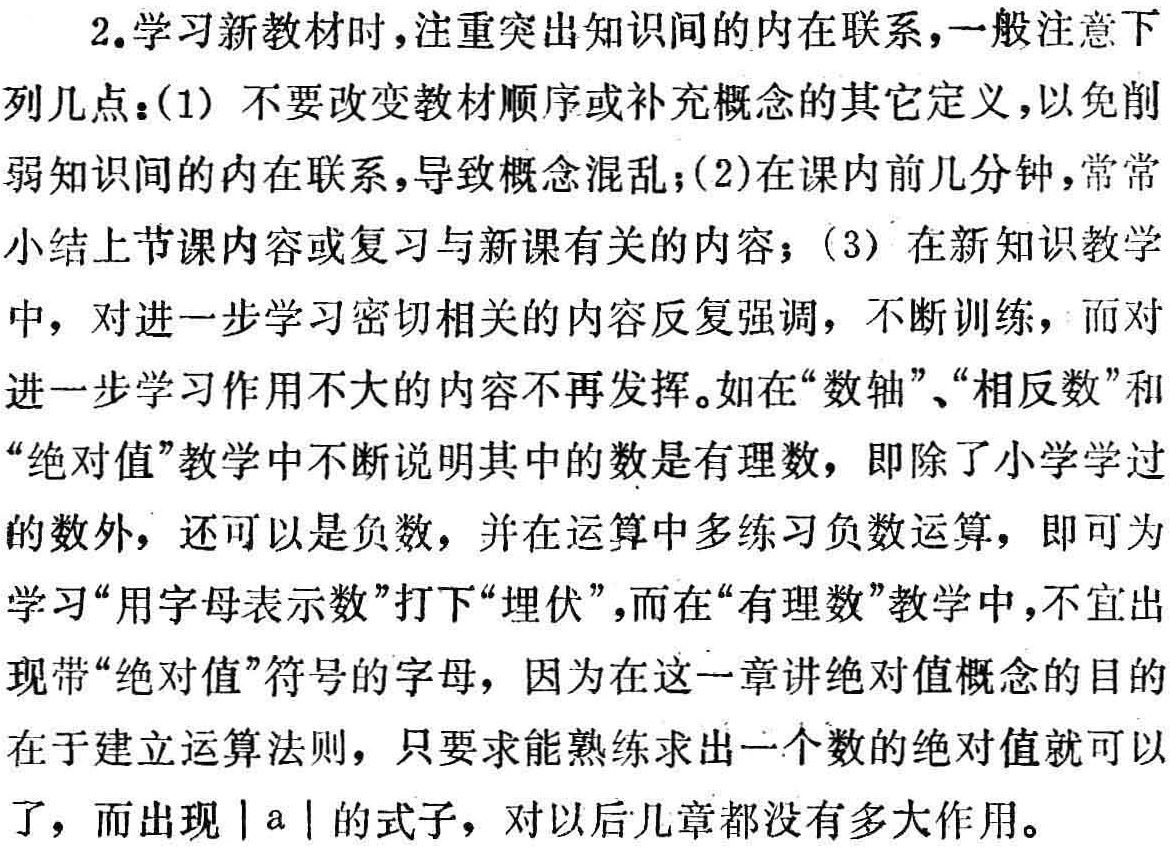
2.学习新教材时，注重突出知识间的内在联系，一般注意下列几点：(1) 不要改变教材顺序或补充概念的其它定义，以免削弱知识间的内在联系，导致概念混乱；(2)在课内前几分钟，常常小结上节课内容或复习与新课有关的内容；(3) 在新知识教学中，对进一步学习密切相关的内容反复强调，不断训练，而对进一步学习作用不大的内容不再发挥。如在“数轴”、“相反数”和“绝对值”教学中不断说明其中的数是有理数，即除了小学学过的数外，还可以是负数，并在运算中多练习负数运算，即可为学习“用字母表示数”打下“埋伏”，而在“有理数”教学中，不宜出现带“绝对值”符号的字母，因为在这一章讲绝对值概念的目的在于建立运算法则，只要求能熟练求出一个数的绝对值就可以了，而出现\(\vert a\vert\)的式子，对以后几章都没有多大作用。